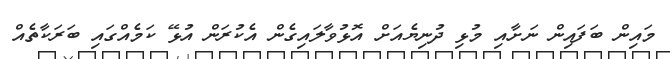
މައިން ބަފައިން ނަށާއި މުޅި ދުނިޔެއަށް އޮޅުވާލައިގެން އެކުރަން އުޅޭ ކަމެއްގައި ބަރަކާތެއް